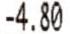
-4.80